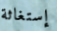
إستغاثة